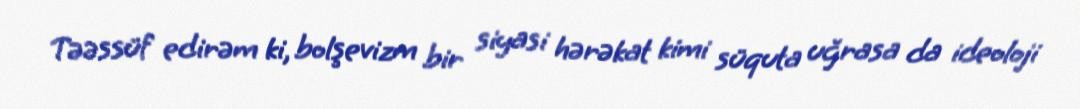
Təəssüf edirəm ki, bolşevizm bir siyasi hərəkat kimi süquta uğrasa da ideoloji